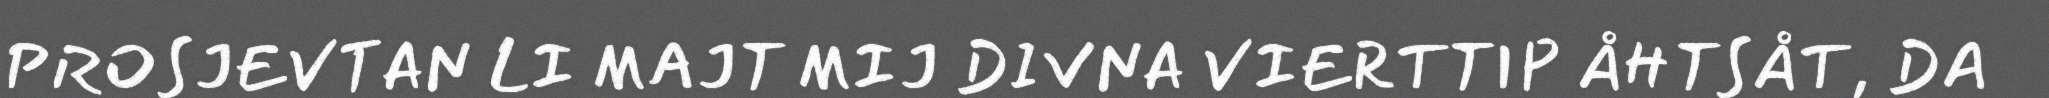
PROSJEVTAN LI MAJT MIJ DIVNA VIERTTIP ÅHTSÅT, DA